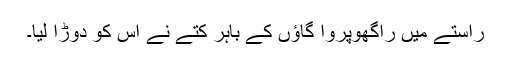
راستے میں راگھوپروا گاؤں کے باہر کتے نے اس کو دوڑا لیا۔